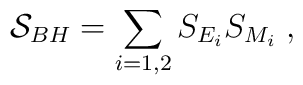
{\cal S}_{BH}=\sum_{i=1,2}S_{E_i}S_{M_i} \; ,